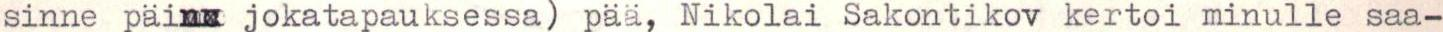
sinne päinx jokatapauksessa) pää, Nikolai Sakontikov kertoi minulle saa-